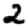
Digit: 2